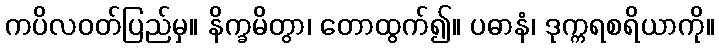
ကပိလဝတ်ပြည်မှ။ နိက္ခမိတွာ၊ တောထွက်၍။ ပဓာနံ၊ ဒုက္ကရစရိယာကို။